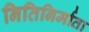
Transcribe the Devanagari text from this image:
नितिनिर्माता